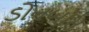
ડોનબાસ